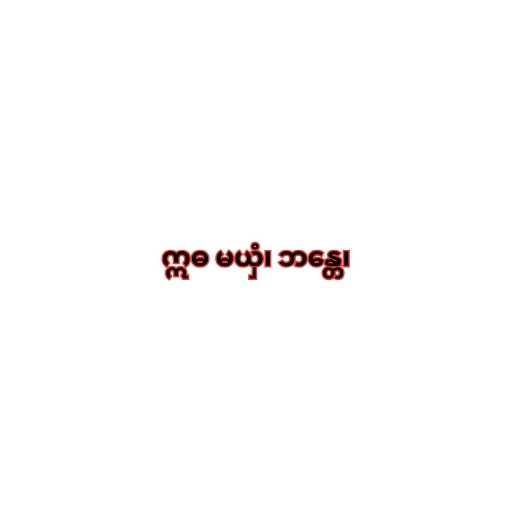
ဣဓ မယှံ၊ ဘန္တေ၊